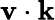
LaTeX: \textbf{v}\cdot{}\textbf{k}